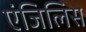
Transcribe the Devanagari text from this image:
एंजिलिस